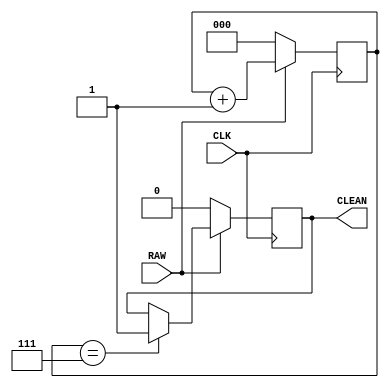
`timescale 1ns / 1ps
//////////////////////////////////////////////////////////////////////////////////
// Company: 
// Engineer: 
// 
// Design Name: 
// Module Name: debouncing
// Project Name: 
// Target Devices: 
// Tool Versions: 
// Description: 
// 
// Dependencies: 
// 
// Revision:
// Revision 0.01 - File Created
// Additional Comments:
// 
//////////////////////////////////////////////////////////////////////////////////


module debouncing(
    input RAW,
    input CLK,
    output reg CLEAN
    );
    
    
    reg [2:0] counter;
    wire TC;
    
    always@(posedge CLK)
    begin
        if(~RAW)
            counter <= 3'b000;
        else
            counter <= counter + 3'b001;
    end
    
    assign TC = (counter == 3'b111);
    
    always @ (posedge CLK)
    begin
        if(~RAW)
            CLEAN <= 1'b0;
        else if(TC)
            CLEAN <= 1'b1;
    end
endmodule